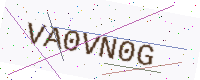
Text: VA0VN0G